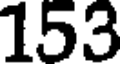
153